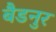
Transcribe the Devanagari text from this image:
बैडनुर